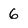
Character: 6